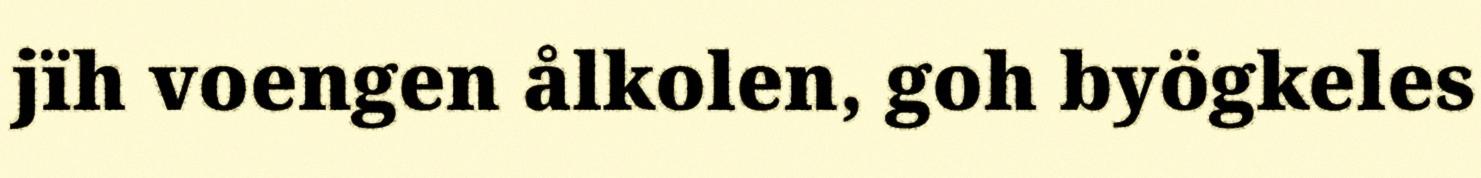
jïh voengen ålkolen, goh byögkeles